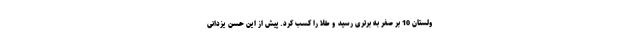
ولستان 10 بر صفر به برتری رسید و طلا را کسب کرد. پیش از این حسن یزدانی